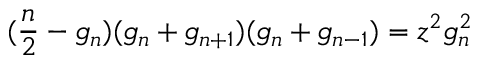
( \frac { n } { 2 } - g _ { n } ) ( g _ { n } + g _ { n + 1 } ) ( g _ { n } + g _ { n - 1 } ) = z ^ { 2 } g _ { n } ^ { 2 }